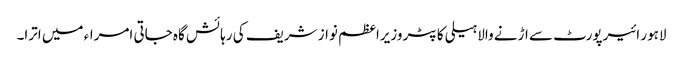
لاہور ائیرپورٹ سے اڑنے والا ہیلی کاپٹر وزیراعظم نواز شریف کی رہائش گاہ جاتی امراء میں اترا۔